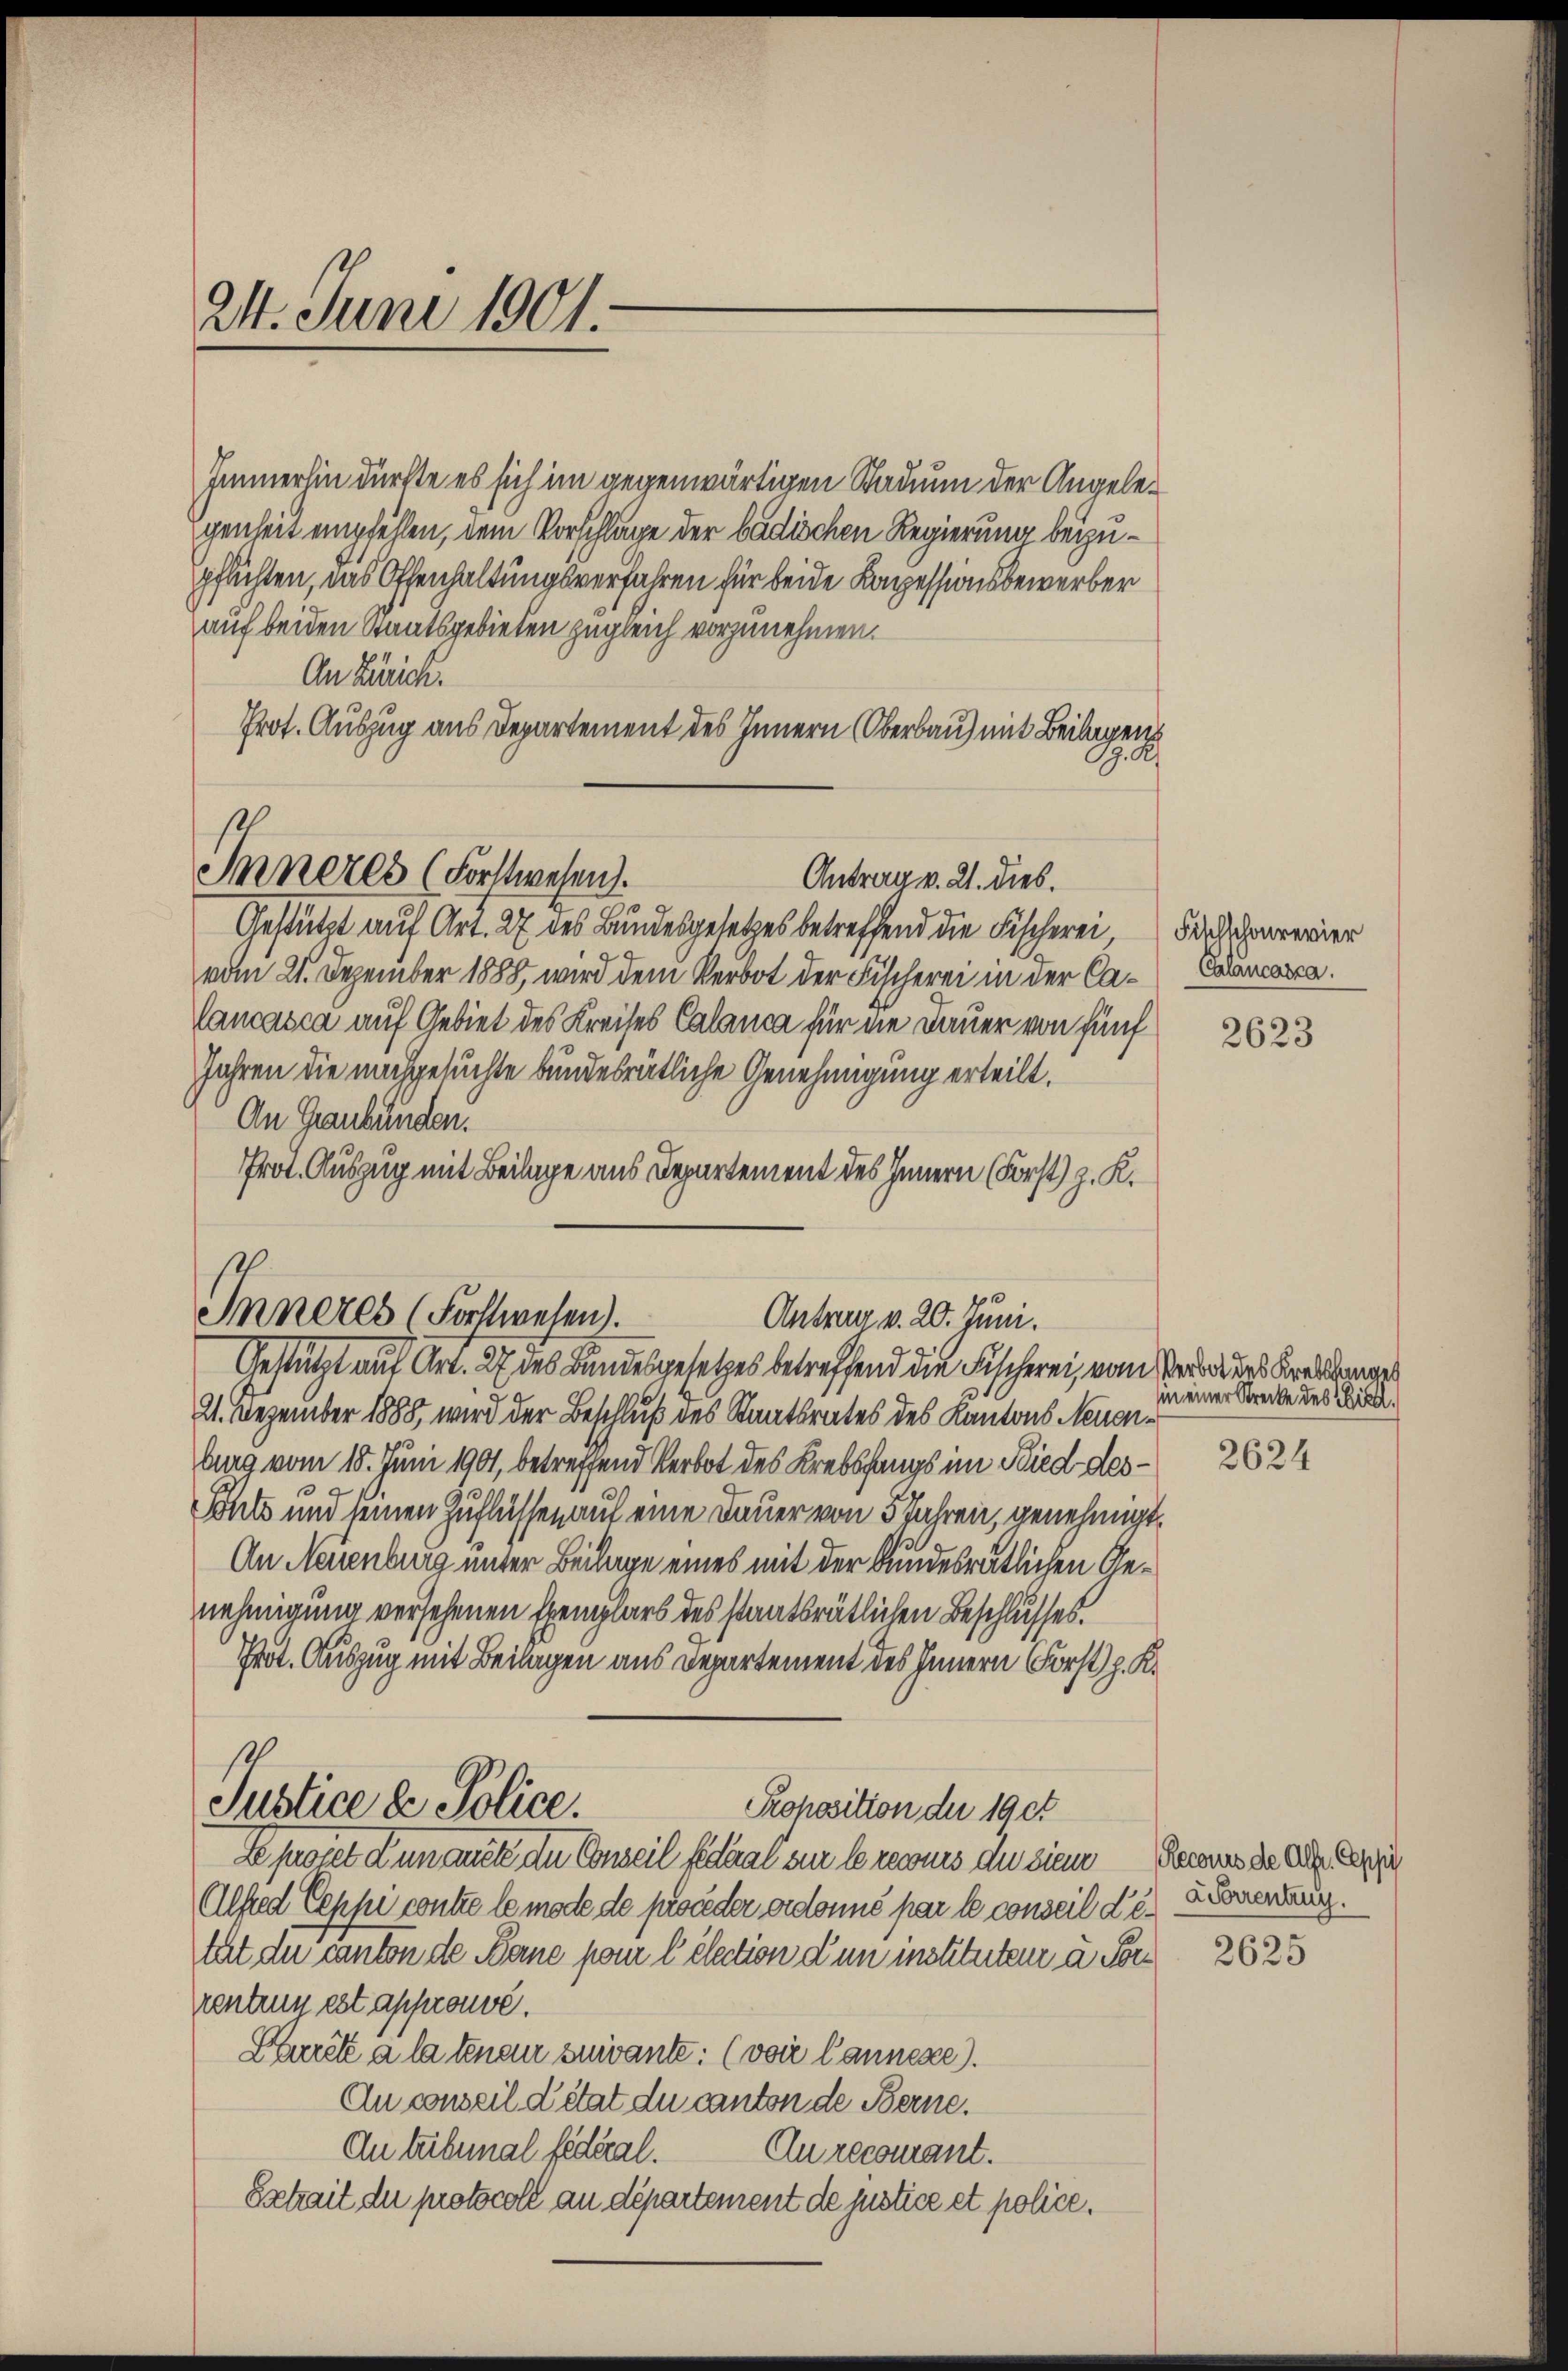
24. Juni 1901.

Immerhin dürfte es sich im gegenwärtigen Stadium der Angelegenheit empfehlen, dem Vorschläge der badischen Regierung beyzupflichten, das Offenhaltungsverfahren für beide Kapessionsbewerber
auf beiden Staatsgebieten zugleich vorzunehmen.
An Zürich.
Prot. Auszug aus Departement des Innern (Oberbau) mit Beilagen

Imneres (Forstwesen.
Antrag v. 21. dies.

Gestützt auf Art. 27 des Bundesgesetzes betreffend die Fischerei
vom 21. Dezember 1888, wird dem Verbot der Fischerei in der Calancasca auf Gebiet des Kreises Calanca für die Dauer von fünf
Jahren die nachgesuchte bundesrätliche Genehmigung erteilt.
An Graubünden.
Prot. Auszug mit Beilage aus Departement des Innern (Forst) z. R.

Inneres (Forstwesen.
Antrag v. 20. Juni.
Gestützt auf Art. 27 des Bundesgesetzes betreffend die Fischerei, vom Verordes Krakanges

Fischschonrevier
Calancasca.

21. Dezember 1888 wird der Beschluß des Staatsrates des Kantons Neuenburg vom 18. Juni 1901, betreffend Verbot des Krebsfangs im Ried des¬
Sohle und seinen Zuflüssen auf eine Dauer von 5 Jahren, genehmigt,
An Neuenburg unter Beilage eines mit der bundesrätlichen Genehmigung versehenen Exemplars des staatsrätlichen Beschlusses.
Prot. Auszug mit Beilagen aus Departement des Innern Forstp. K.
Justice a Police.
Proposition der 19 et
Departet den auch den Conseil fedeal sur le recurs de sien Heraus de Ach, au
Alfred Eeppi contre le mode de proceder ordonné par le conseil Letat du canton de Berne pour l élection d’un instituten a. Vor
rentenn est approuvé.
Prete a la tenen sumante. (voir lannexe).
An conseil détat du canton de Berne.
An tribunal fédéral. Aurecomant.
Sschait du protocoll an departement de justice et police¬

2623

in einer Strecke des Bild.

2624

Worrentrug.

2625